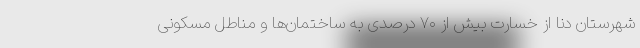
شهرستان دنا از خسارت بیش از ۷۰ درصدی به ساختمان‌ها و مناطل مسکونی